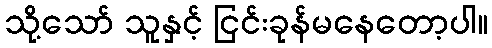
သို့သော် သူနှင့် ငြင်းခုန်မနေတော့ပါ။